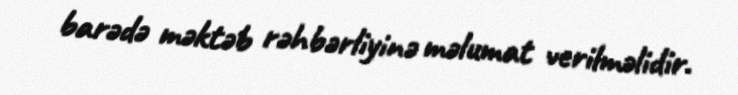
barədə məktəb rəhbərliyinə məlumat verilməlidir.